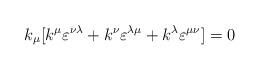
LaTeX: \begin{align*}k_{\mu}[k^{\mu} \varepsilon^{\nu \lambda} + k^{\nu} \varepsilon^{\lambda \mu} +k^{\lambda} \varepsilon^{\mu \nu}] =0\end{align*}